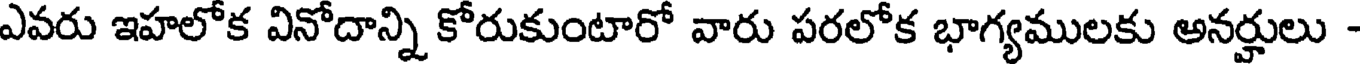
ఎవరు ఇహలోక వినోదాన్ని కోరుకుంటారో వారు పరలోక భాగ్యములకు అనర్హులు -